Indian journal of veterinary science and animal husbandry - Volume 2,
Year: 1932
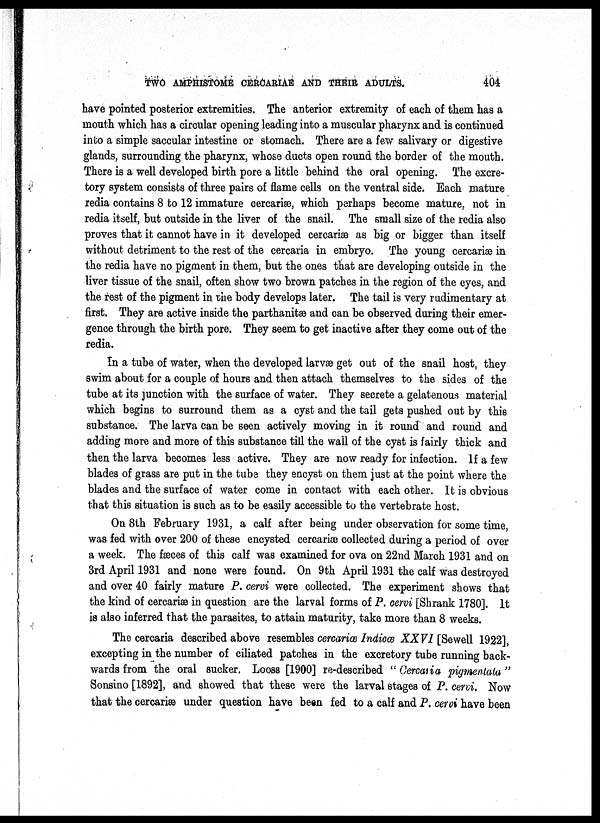
TWO AMPHISTOME CERCARIAE AND THEIR ADULTS.
404
have pointed posterior extremities. The anterior extremity of each of them has a
mouth which has a circular opening leading into a muscular pharynx and is continued
into a simple saccular intestine or stomach. There are a few salivary or digestive
glands, surrounding the pharynx, whose ducts open round the border of the mouth.
There is a well developed birth pore a little behind the oral opening. The excre-
tory system consists of three pairs of flame cells on the ventral side. Each mature
redia contains 8 to 12 immature cercariæ, which perhaps become mature, not in
redia itself, but outside in the liver of the snail. The small size of the redia also
proves that it cannot have in it developed cercariæ as big or bigger than itself
without detriment to the rest of the cercaria in embryo. The young cercariæ in
the redia have no pigment in them, but the ones that are developing outside in the
liver tissue of the snail, often show two brown patches in the region of the eyes, and
the rest of the pigment in the body develops later. The tail is very rudimentary at
first. They are active inside the parthanitæ and can be observed during their emer-
gence through the birth pore. They seem to get inactive after they come out of the
redia.
In a tube of water, when the developed larvæ get out of the snail host, they
swim about for a couple of hours and then attach themselves to the sides of the
tube at its junction with the surface of water. They secrete a gelatenous material
which begins to surround them as a cyst and the tail gets pushed out by this
substance. The larva can be seen actively moving in it round and round and
adding more and more of this substance till the wall of the cyst is fairly thick and
then the larva becomes less active. They are now ready for infection. If a few
blades of grass are put in the tube they encyst on them just at the point where the
blades and the surface of water come in contact with each other. It is obvious
that this situation is such as to be easily accessible to the vertebrate host.
On 8th February 1931, a calf after being under observation for some time,
was fed with over 200 of these encysted cercariæ collected during a period of over
a week. The fæces of this calf was examined for ova on 22nd March 1931 and on
3rd April 1931 and none were found. On 9th April 1931 the calf was destroyed
and over 40 fairly mature P. cervi were collected. The experiment shows that
the kind of cercariæ in question are the larval forms of P. cervi [Shrank 1780]. It
is also inferred that the parasites, to attain maturity, take more than 8 weeks.
The cercaria described above resembles cercariæ Indicæ XXVI [Sewell 1922],
excepting in the number of ciliated patches in the excretory tube running back-
wards from the oral sucker. Looss [1900] re-described " Cercaria pigmentala "
Sonsino [1892], and showed that these were the larval stages of P. cervi. Now
that the cercariæ under question have been fed to a calf and P. cervi have been